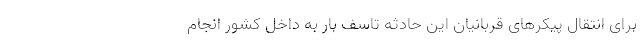
برای انتقال پیکرهای قربانیان این حادثه تاسف بار به داخل کشور انجام